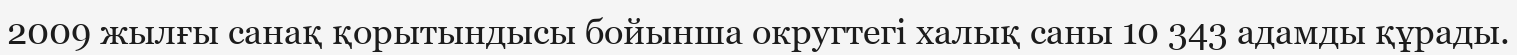
2009 жылғы санақ қорытындысы бойынша округтегі халық саны 10 343 адамды құрады.